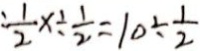
\frac { 1 } { 2 } x \div \frac { 1 } { 2 } = 1 0 \div \frac { 1 } { 2 }